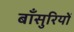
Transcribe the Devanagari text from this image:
बाँसुरियों